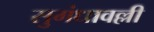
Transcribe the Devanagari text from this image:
सुगंधावल्ली